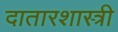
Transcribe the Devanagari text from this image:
दातारशास्त्री